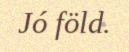
Jó föld.